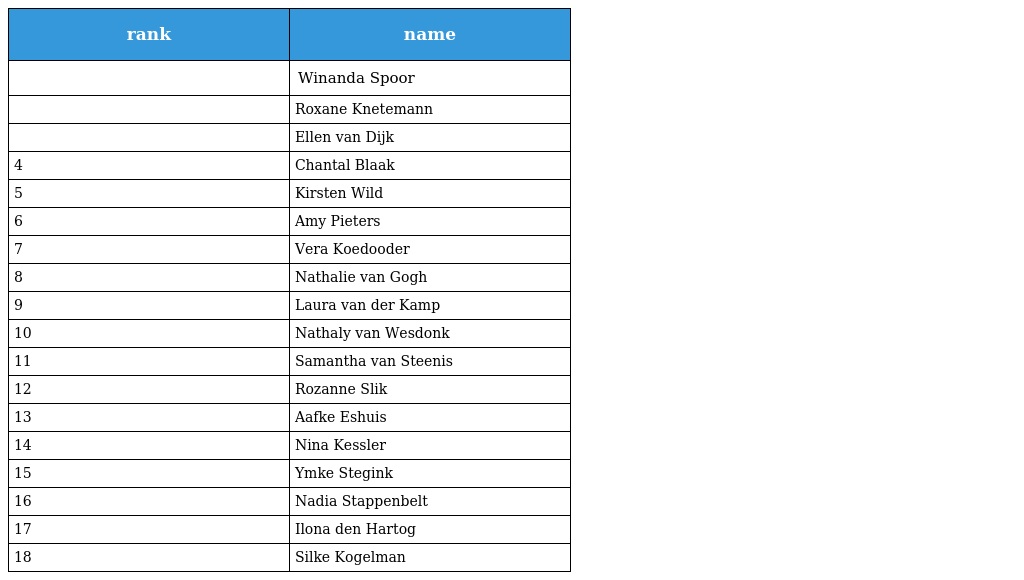
| rank | name |
 | --- | --- |
 |  | Winanda Spoor |
 |  | Roxane Knetemann |
 |  | Ellen van Dijk |
 | 4 | Chantal Blaak |
 | 5 | Kirsten Wild |
 | 6 | Amy Pieters |
 | 7 | Vera Koedooder |
 | 8 | Nathalie van Gogh |
 | 9 | Laura van der Kamp |
 | 10 | Nathaly van Wesdonk |
 | 11 | Samantha van Steenis |
 | 12 | Rozanne Slik |
 | 13 | Aafke Eshuis |
 | 14 | Nina Kessler |
 | 15 | Ymke Stegink |
 | 16 | Nadia Stappenbelt |
 | 17 | Ilona den Hartog |
 | 18 | Silke Kogelman |